Source: Handwritten
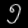
Digit: ၅ (5)